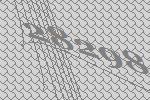
28298